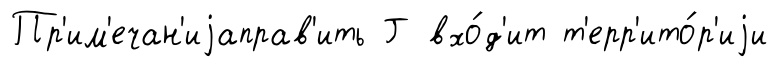
Пр'им'ечан'иjаправ'ить Г вхо́д'ит т'ерр'ито́р'иjи